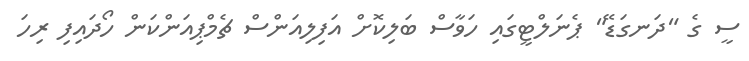
ސީ ގެ "ދަނގަޑޭ" ޕެނަލްޓީގައި ހަވާސް ބަލިކޮށް އަފިލިއަންސް ޗެމްޕިއަންކަން ހޯދައިފި ރިހަ